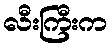
လီးကြီးက